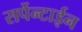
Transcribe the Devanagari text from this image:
सर्पेन्टाईन